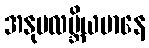
အနုပလဗ္ဘိယမာနေ